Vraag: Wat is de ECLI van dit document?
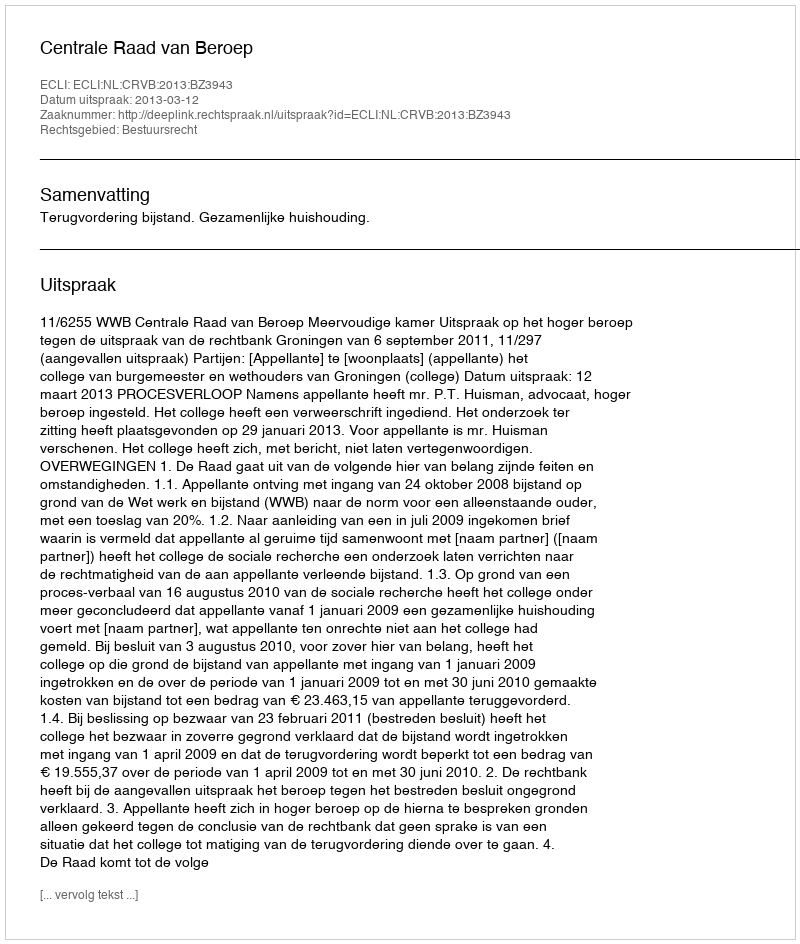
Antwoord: ECLI:NL:CRVB:2013:BZ3943